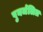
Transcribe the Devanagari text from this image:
पुनर्जलित